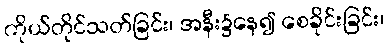
ကိုယ်တိုင်သတ်ခြင်း၊ အနီး၌နေ၍ စေခိုင်းခြင်း၊